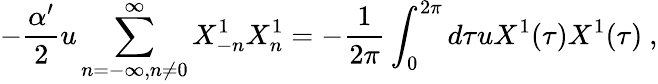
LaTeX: -\frac{\alpha^{\prime}}{2}u\sum_{n=-\infty,n\neq 0}^{\infty}X_{-n}^{1}X_{n}^{1}=-\frac{1}{2\pi}\int_{0}^{2\pi}d\tau uX^{1}(\tau)X^{1}(\tau)\ ,